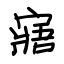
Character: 寤